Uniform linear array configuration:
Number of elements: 24
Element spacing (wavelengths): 0.75
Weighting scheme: hann
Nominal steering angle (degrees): -45
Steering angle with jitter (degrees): -43.6
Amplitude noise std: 0.05
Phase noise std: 0.05

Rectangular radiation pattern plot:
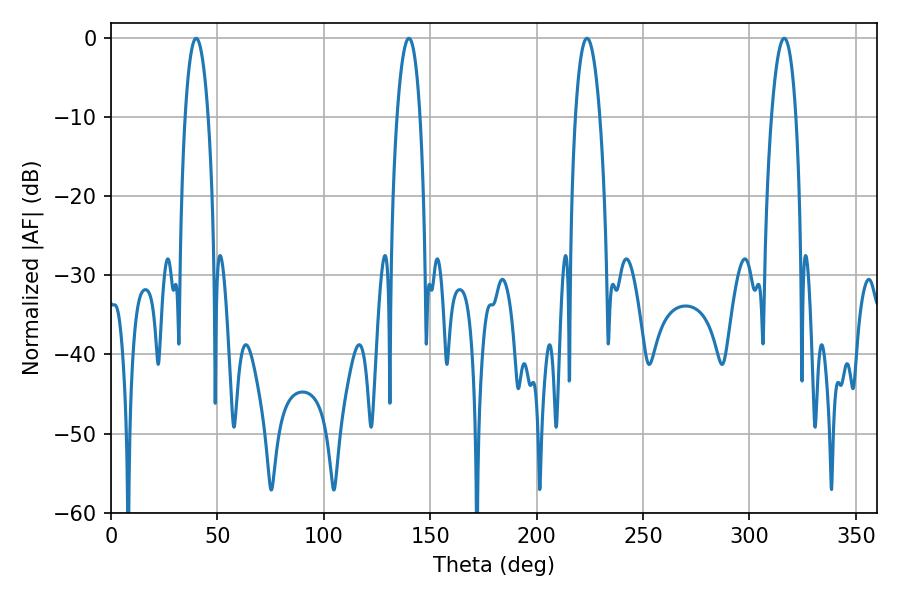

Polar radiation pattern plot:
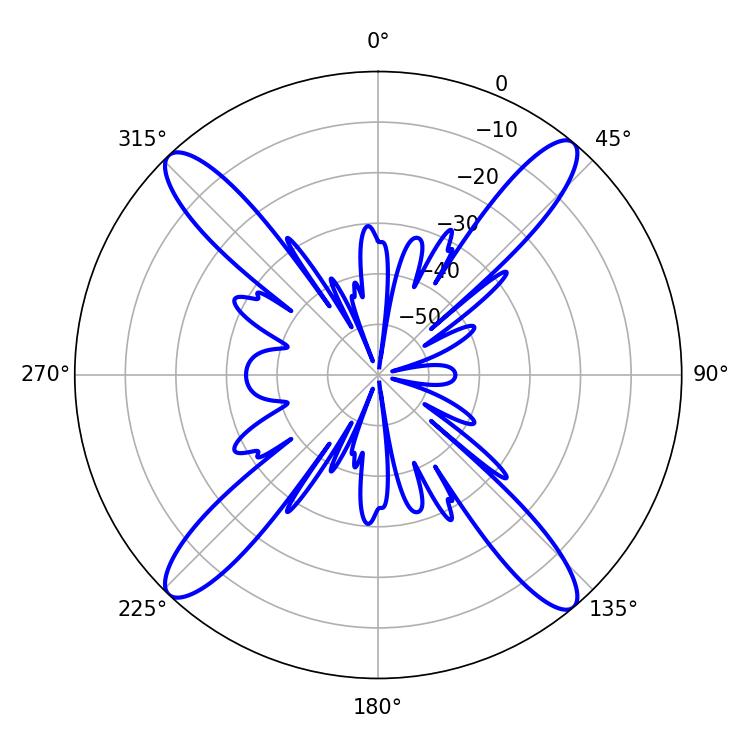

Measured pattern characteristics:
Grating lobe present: TRUE
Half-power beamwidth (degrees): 5.94
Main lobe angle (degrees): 39.96